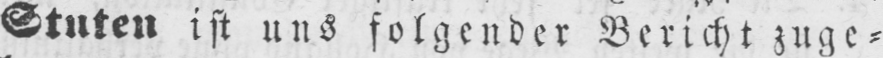
Stuten ist uns folgender Bericht zuge⸗